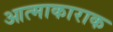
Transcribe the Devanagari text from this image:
आत्माकाराक